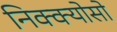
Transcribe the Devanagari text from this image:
निक्क्योसो